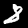
Digit: 8